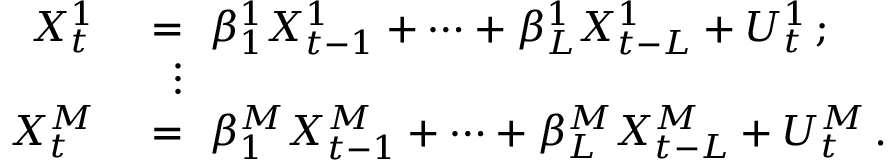
\begin{array} { r l } { X _ { t } ^ { 1 } ~ } & { = ~ \beta _ { 1 } ^ { 1 } X _ { t - 1 } ^ { 1 } + \cdots + \beta _ { L } ^ { 1 } X _ { t - L } ^ { 1 } + U _ { t } ^ { 1 } \, ; } \\ & { ~ \, \vdots } \\ { X _ { t } ^ { M } ~ } & { = ~ \beta _ { 1 } ^ { M } X _ { t - 1 } ^ { M } + \cdots + \beta _ { L } ^ { M } X _ { t - L } ^ { M } + U _ { t } ^ { M } \, . } \end{array}